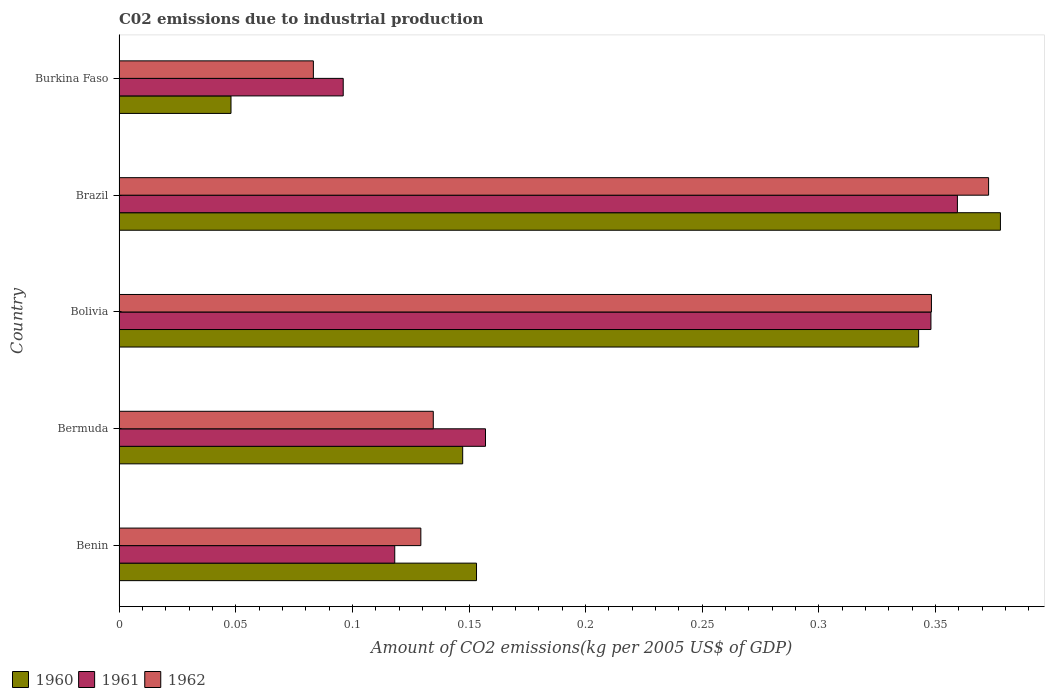
| Country | 1960 | 1961 | 1962 |
 | --- | --- | --- | --- |
 | Benin | 0.153 | 0.118 | 0.129 |
 | Bermuda | 0.147 | 0.157 | 0.135 |
 | Bolivia | 0.343 | 0.348 | 0.348 |
 | Brazil | 0.378 | 0.359 | 0.373 |
 | Burkina Faso | 0.048 | 0.0961 | 0.0833 |